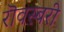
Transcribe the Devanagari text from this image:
रॊवस्बरी